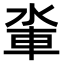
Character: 𨋉